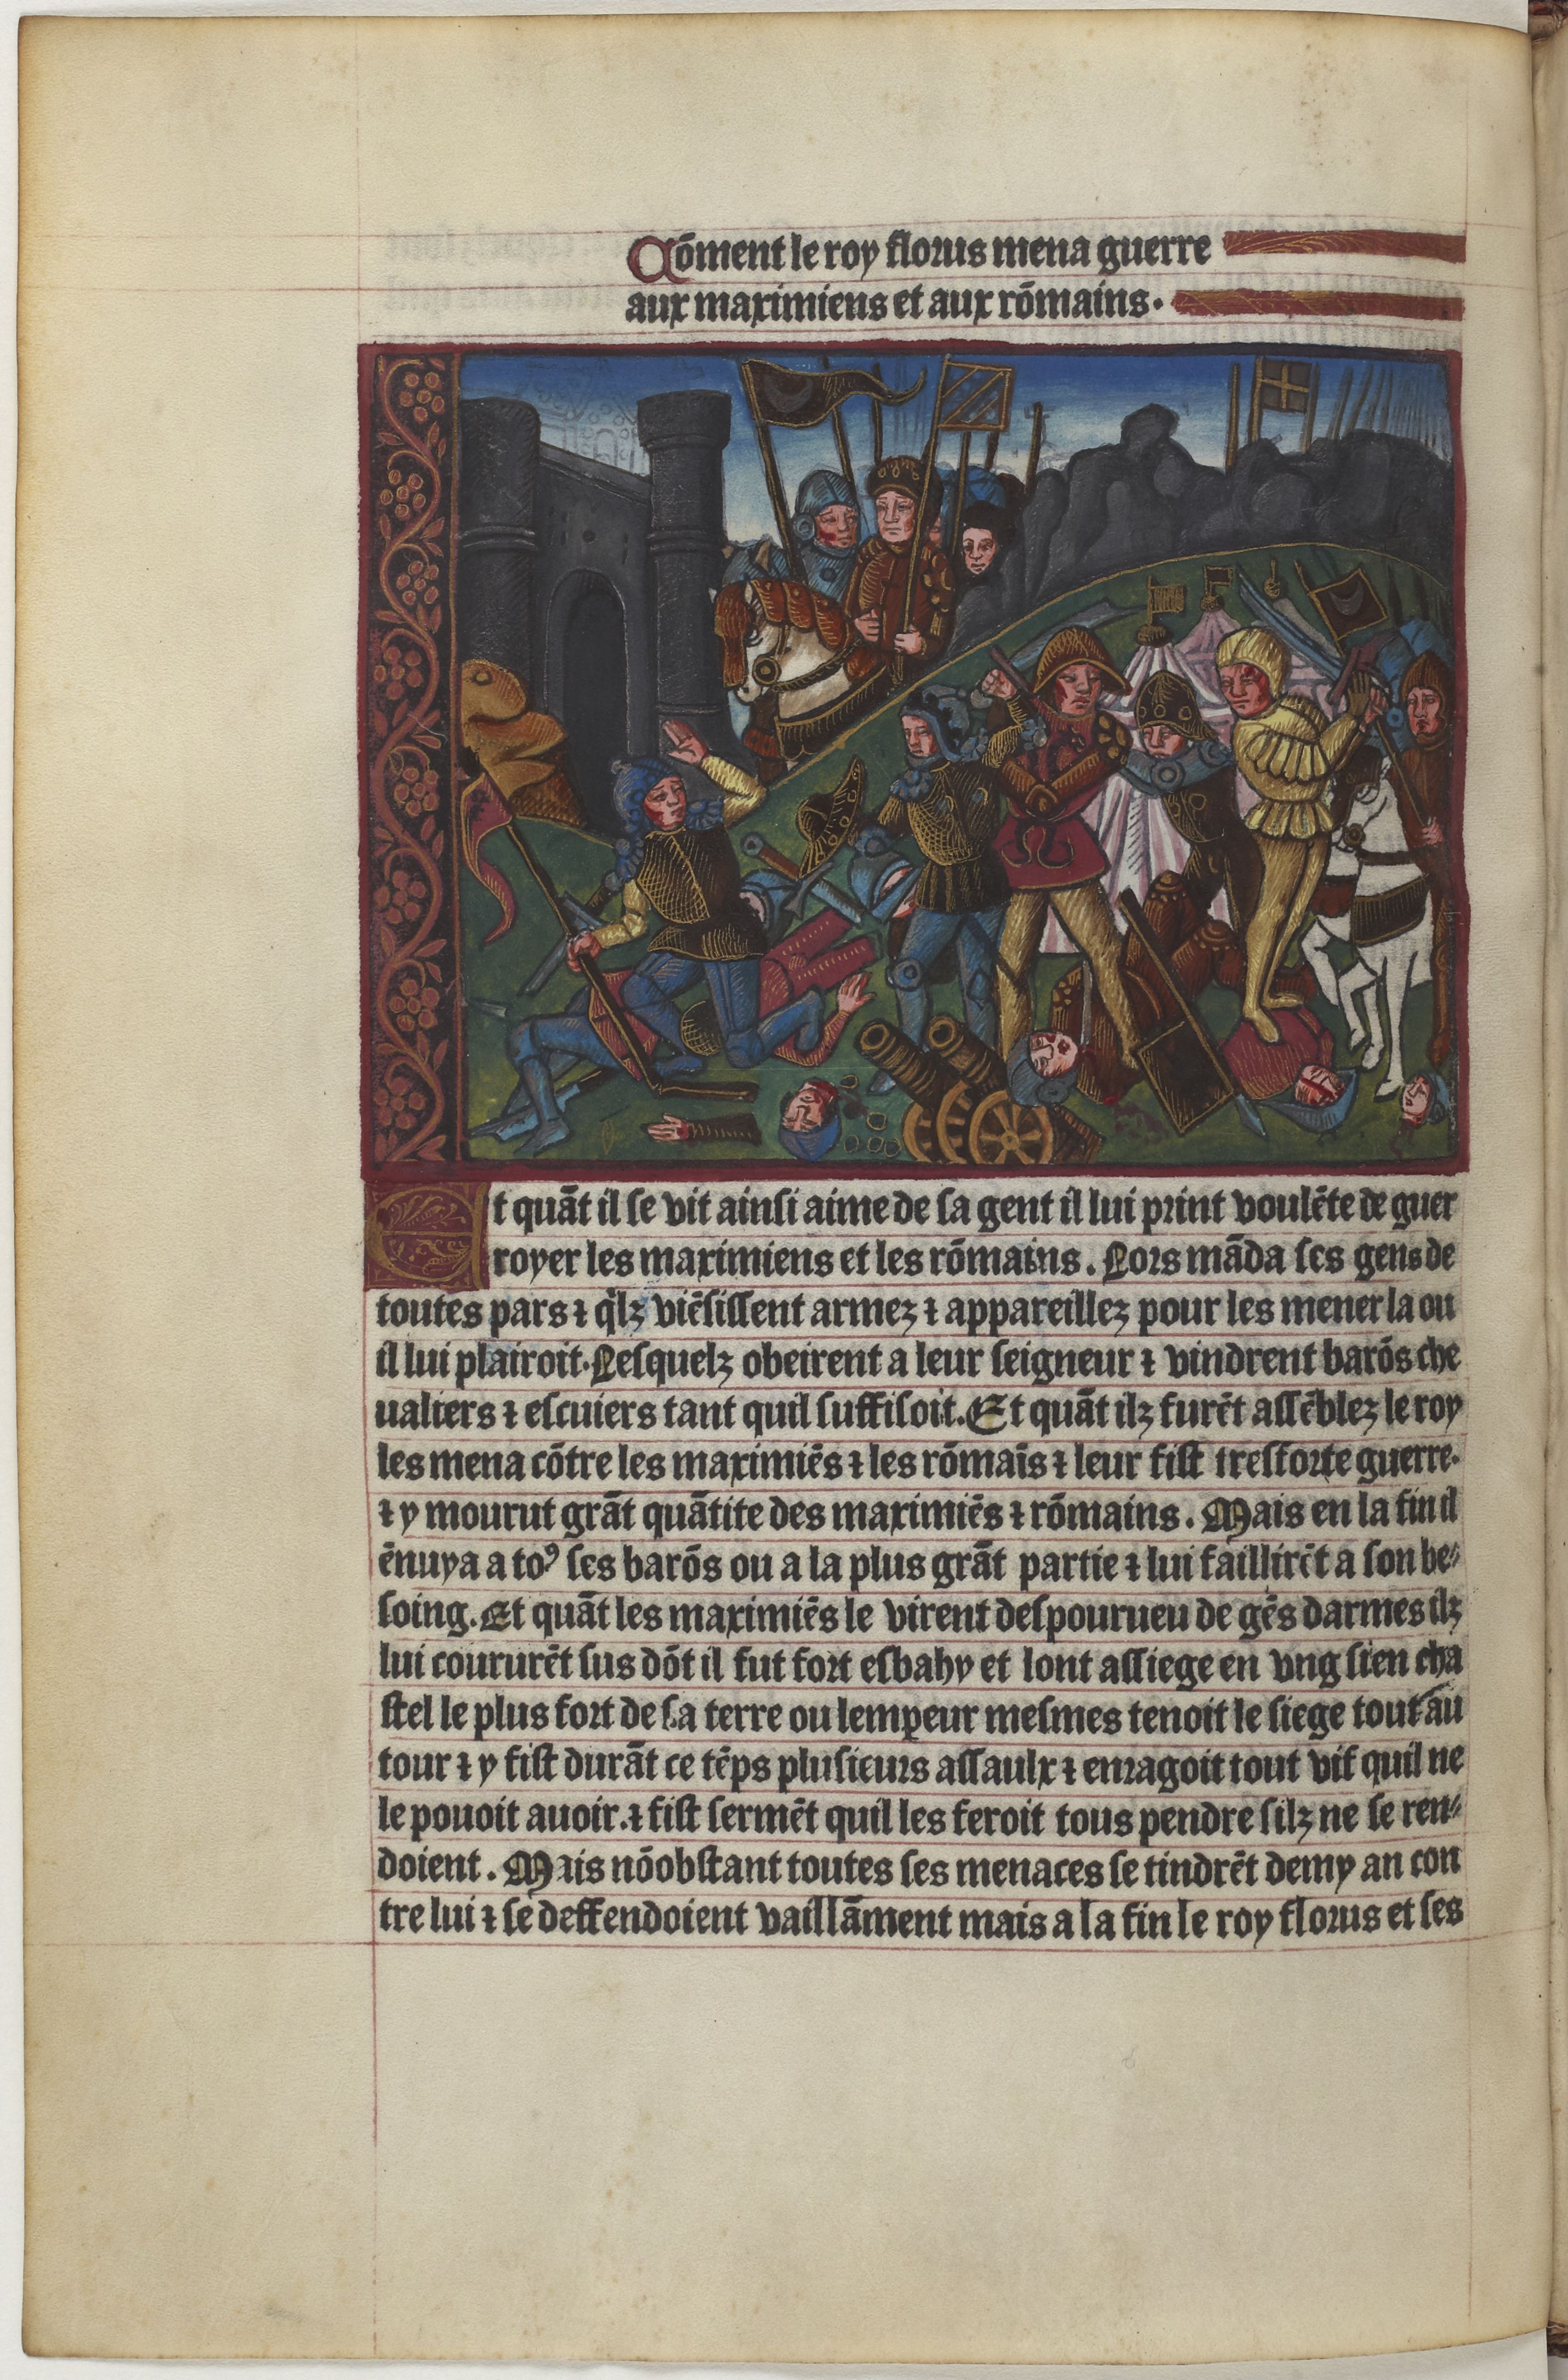
Shelfmark: Paris, BnF, Velins 1159
Century: 15